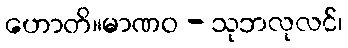
ဟောတိ။မာဏဝ - သုဘလုလင်၊